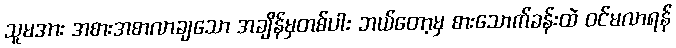
သူမအား အစားအစာလာချသော အချိန်မှတစ်ပါး ဘယ်တော့မှ စားသောက်ခန်းထဲ ဝင်မလာရန်